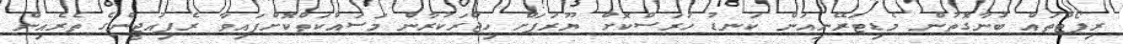
ރިޕޯޓްތައް ބުނާގޮތުން މެޑިޓަރޭނިއަން ކަނޑު ހުރަސްކޮށް ޔޫރަޕަށް ހިޖްރަކުރާން މަސައްކަތްކޮށްފައިވާ ރެފިއުޖީންގެ ތެރެއިން